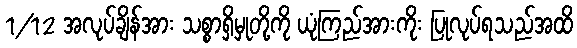
1/12 အလုပ်ချိန်အား သစ္စာရှိမှုတို့ကို ယုံကြည်အားကိုး ပြုလုပ်ရသည်အထိ